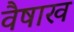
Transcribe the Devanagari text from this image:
वैषाख